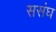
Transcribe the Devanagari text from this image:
ससंघ